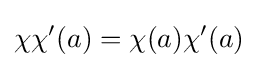
\chi \chi '(a)=\chi (a)\chi '(a)